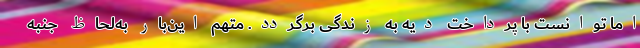
اما توانست با پرداخت دیه به زندگی برگردد. متهم این‌بار به‌لحاظ جنبه